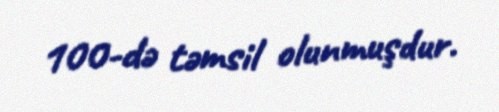
100-də təmsil olunmuşdur.